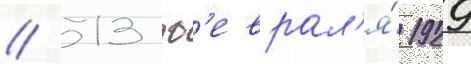
// 13 ф'еврал'я́ 1929